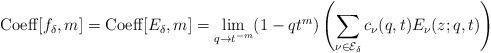
LaTeX: \begin{align*}{\rm Coeff}[f_{\delta},m]={\rm Coeff}[E_{\delta},m]=\lim_{q \rightarrow t^{-m}}(1-qt^{m})\left(\sum_{\nu \in \mathcal{E}_{\delta}}c_{\nu}(q,t) E_{\nu}(z;q,t)\right)\end{align*}